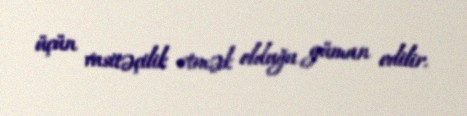
üçün vasitəçilik etmək olduğu güman edilir.